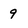
Character: 9